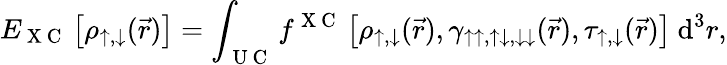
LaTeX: E_{\mathrm{~X~C~}}\left[\rho_{\uparrow,\downarrow}(\vec{r})\right]=\int_{\mathrm{~U~C~}}f^{\mathrm{~X~C~}}\left[\rho_{\uparrow,\downarrow}(\vec{r}),\gamma_{\uparrow\uparrow,\uparrow\downarrow,\downarrow\downarrow}(\vec{r}),\tau_{\uparrow,\downarrow}(\vec{r})\right]~\textrm{d}^{3}r,